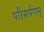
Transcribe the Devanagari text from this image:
परिसर्पणम्